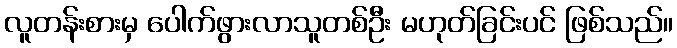
လူတန်းစားမှ ပေါက်ဖွားလာသူတစ်ဦး မဟုတ်ခြင်းပင် ဖြစ်သည်။